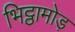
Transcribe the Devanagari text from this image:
भिट्ठामोड़